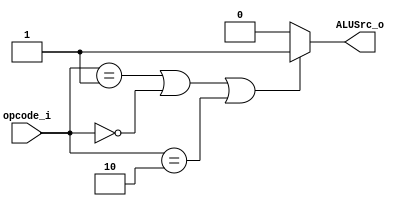
module ALUSrc_Gen(
	opcode_i,
	ALUSrc_o
);
input [2:0] opcode_i;
output ALUSrc_o;
assign ALUSrc_o=(opcode_i==3'b001||
				 opcode_i==3'b000||
			 	 opcode_i==3'b010)? 1'b1:
				1'b0;
endmodule